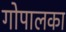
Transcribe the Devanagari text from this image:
गोपालका